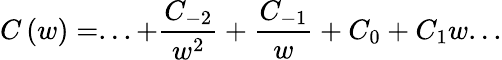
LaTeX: C\left(w\right)=...+\frac{C_{-2}}{w^{2}}+\frac{C_{-1}}{w}+C_{0}+C_{1}w...